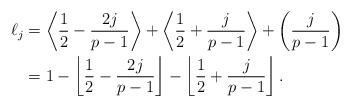
LaTeX: \begin{align*}\ell_j&=\left\langle\frac{1}{2}-\frac{2j}{p-1}\right\rangle+\left\langle\frac{1}{2}+\frac{j}{p-1}\right\rangle+\left(\frac{j}{p-1}\right)\\&=1-\left\lfloor\frac{1}{2}-\frac{2j}{p-1}\right\rfloor-\left\lfloor\frac{1}{2}+\frac{j}{p-1}\right\rfloor.\end{align*}